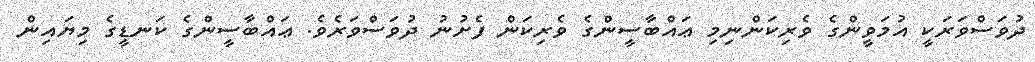
ދުވަސްވަރަކީ އުމަވީންގެ ވެރިކަންނިމި ޢައްބާސީންގެ ވެރިކަން ފެށުނު ދުވަސްވަރެވެ. ޢައްބާސީންގެ ކަނޑީގެ މިޔައިން